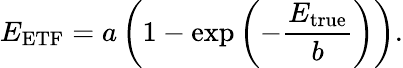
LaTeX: E_{\mathrm{ETF}}=a\left(1-\mathrm{exp}\left(-\frac{E_{\mathrm{true}}}{b}\right)\right).